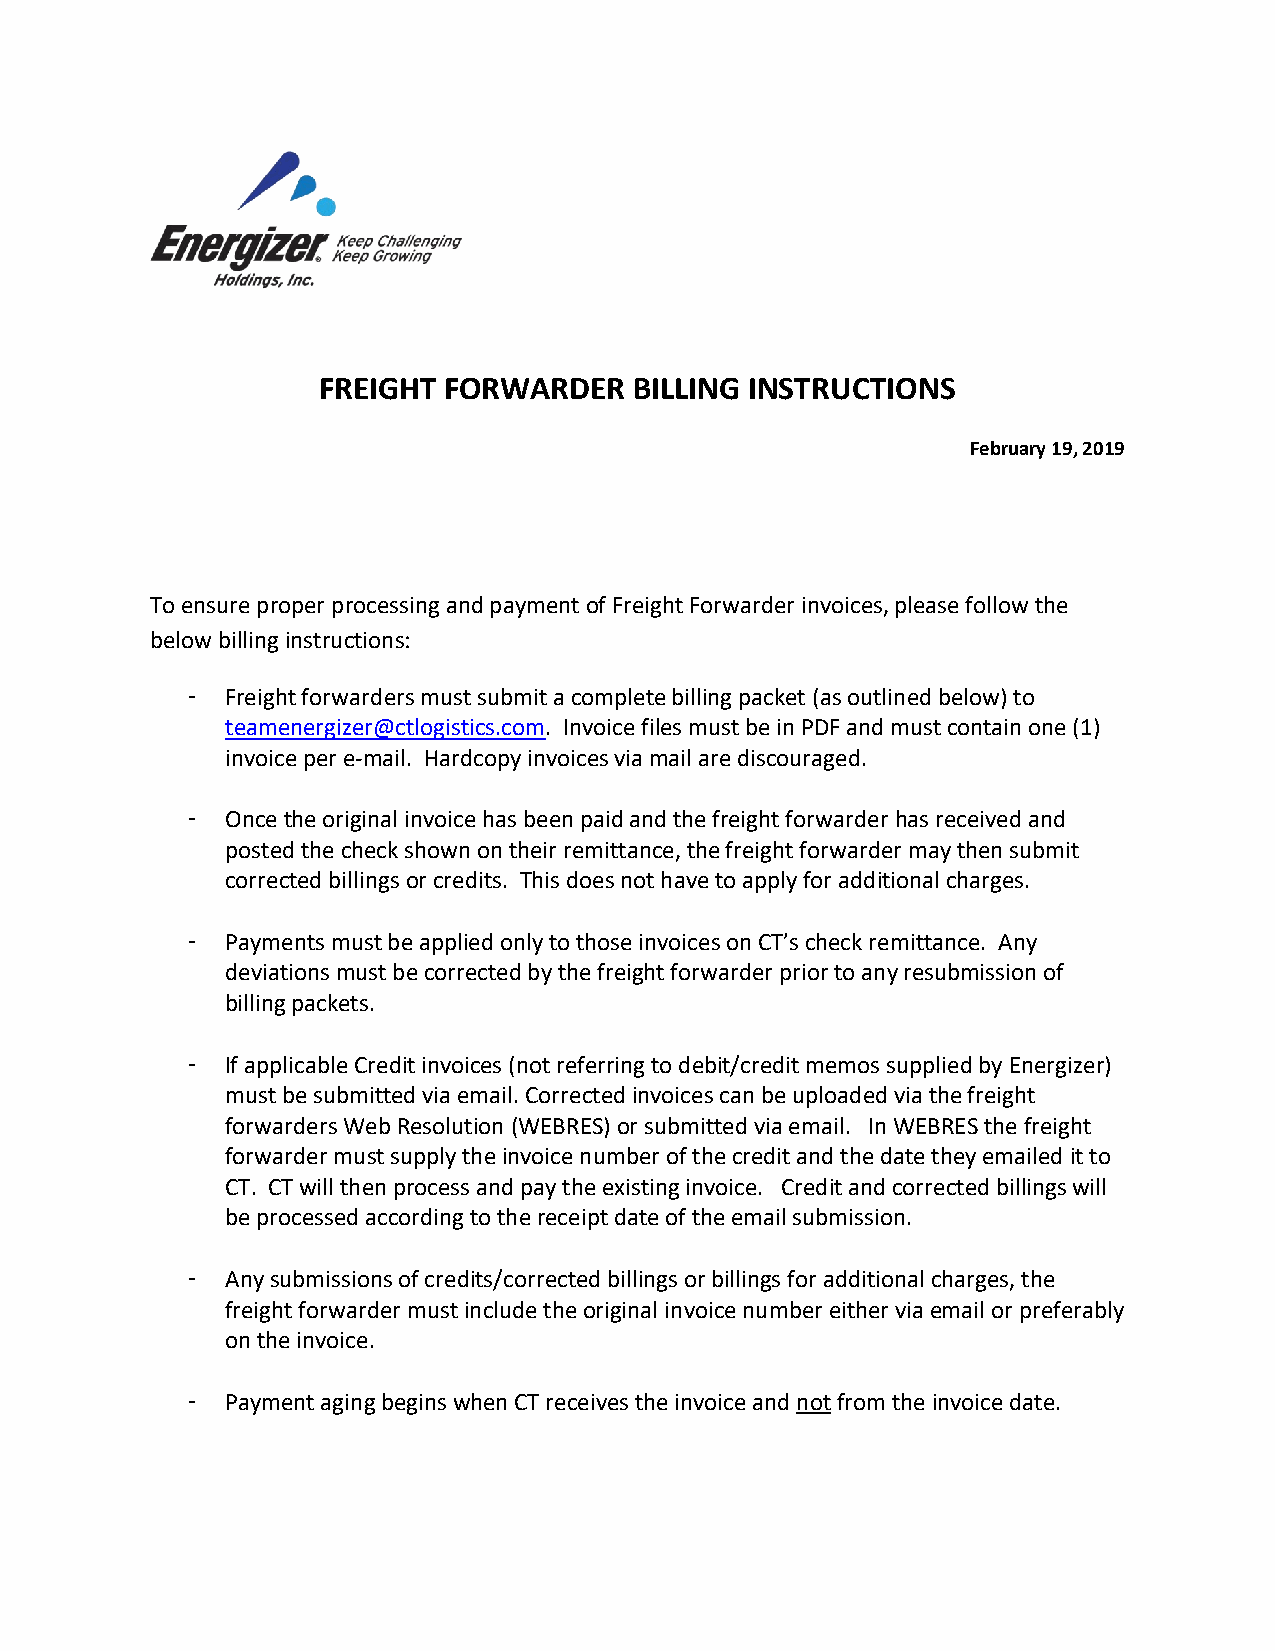
FREIGHT FORWARDER    BILLING INSTRUCTIONS
 February 19, 2019
 To ensure proper processing and payment of Freight Forwarder invoices, please follow the
 below billing instructions:
 -  Freight forwarders must submit a complete billing packet (as outlined below) to
 teamenergizer@ctlogistics.com. Invoice files must be in PDF and must contain one (1)
 invoice per e-mail. Hardcopy invoices via mail are discouraged.
 -  Once the original invoice has been paid and the freight forwarder has received and
 posted the check shown on their remittance, the freight forwarder may then submit
 corrected billings or credits. This does not have to apply for additional charges.
 -  Payments must be applied only to those invoices on CT’s check remittance. Any
 deviations must be corrected by the freight forwarder prior to any resubmission of
 billing packets.
 -  If applicable Credit invoices (not referring to debit/credit memos supplied by Energizer)
 must be submitted via email. Corrected invoices can be uploaded via the freight
 forwarders Web Resolution (WEBRES) or submitted via email. In WEBRES the freight
 forwarder must supply the invoice number of the credit and the date they emailed it to
 CT. CT will then process and pay the existing invoice. Credit and corrected billings will
 be processed according to the receipt date of the email submission.
 -  Any submissions of credits/corrected billings or billings for additional charges, the
 freight forwarder must include the original invoice number either via email or preferably
 on the invoice.
 -  Payment aging begins when CT receives the invoice and not from the invoice date.